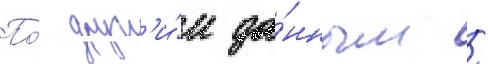
По́ друг'и́м да́нным /